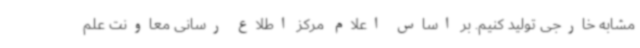
مشابه خارجی تولید کنیم. بر اساس اعلام مرکز اطلاع رسانی معاونت علم